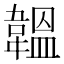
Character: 韞